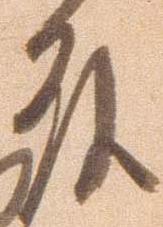
殿